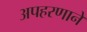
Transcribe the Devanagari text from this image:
अपहरणाने